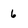
Character: 6